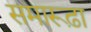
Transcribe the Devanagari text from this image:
समारूढ़ा